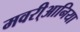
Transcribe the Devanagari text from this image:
मवरी्आनिया